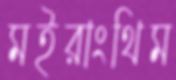
মইরাংথিম